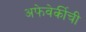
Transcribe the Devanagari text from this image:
अफेवेर्कीची